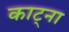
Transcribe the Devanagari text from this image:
काट्ना